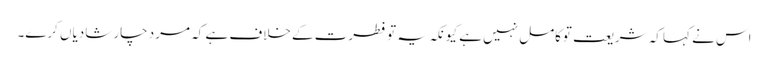
اس نے کہا کہ شریعت توکامل نہیں ہے کیونکہ یہ تو فطرت کے خلاف ہے کہ مرد چار شادیاں کرے۔